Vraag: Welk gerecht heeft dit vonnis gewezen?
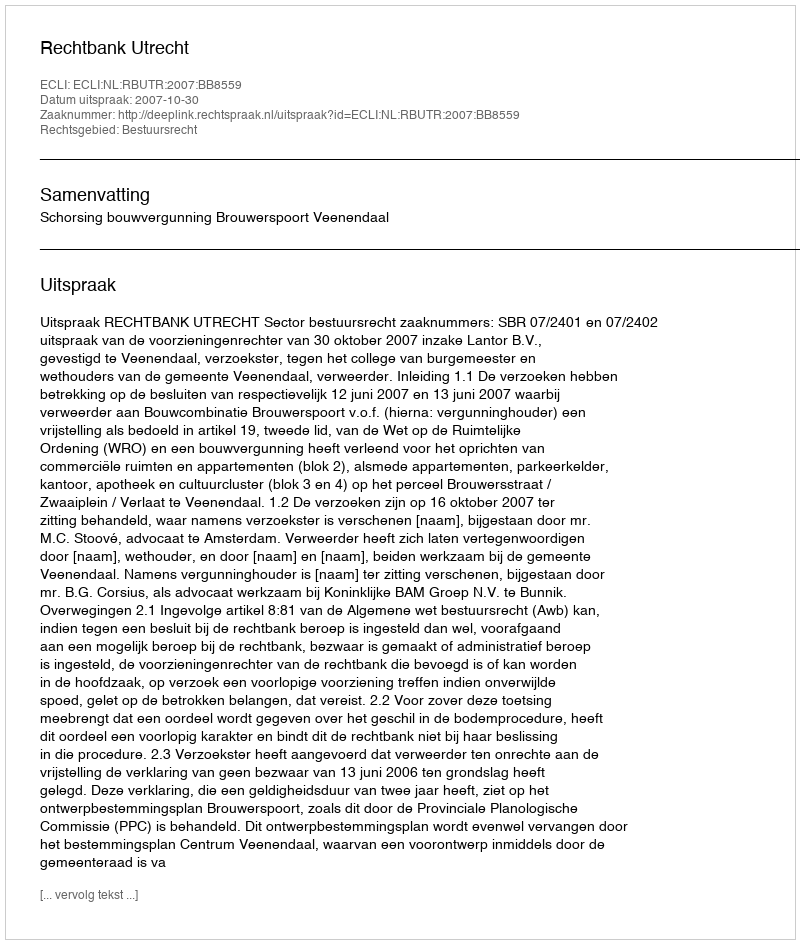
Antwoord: Rechtbank Utrecht